DOW-UAP-D62, Mission Report, Strait of Hormuz, September 2020
Agency: Department of War
Incident date: 9/16/20
Incident location: Strait of Hormuz
Page 6
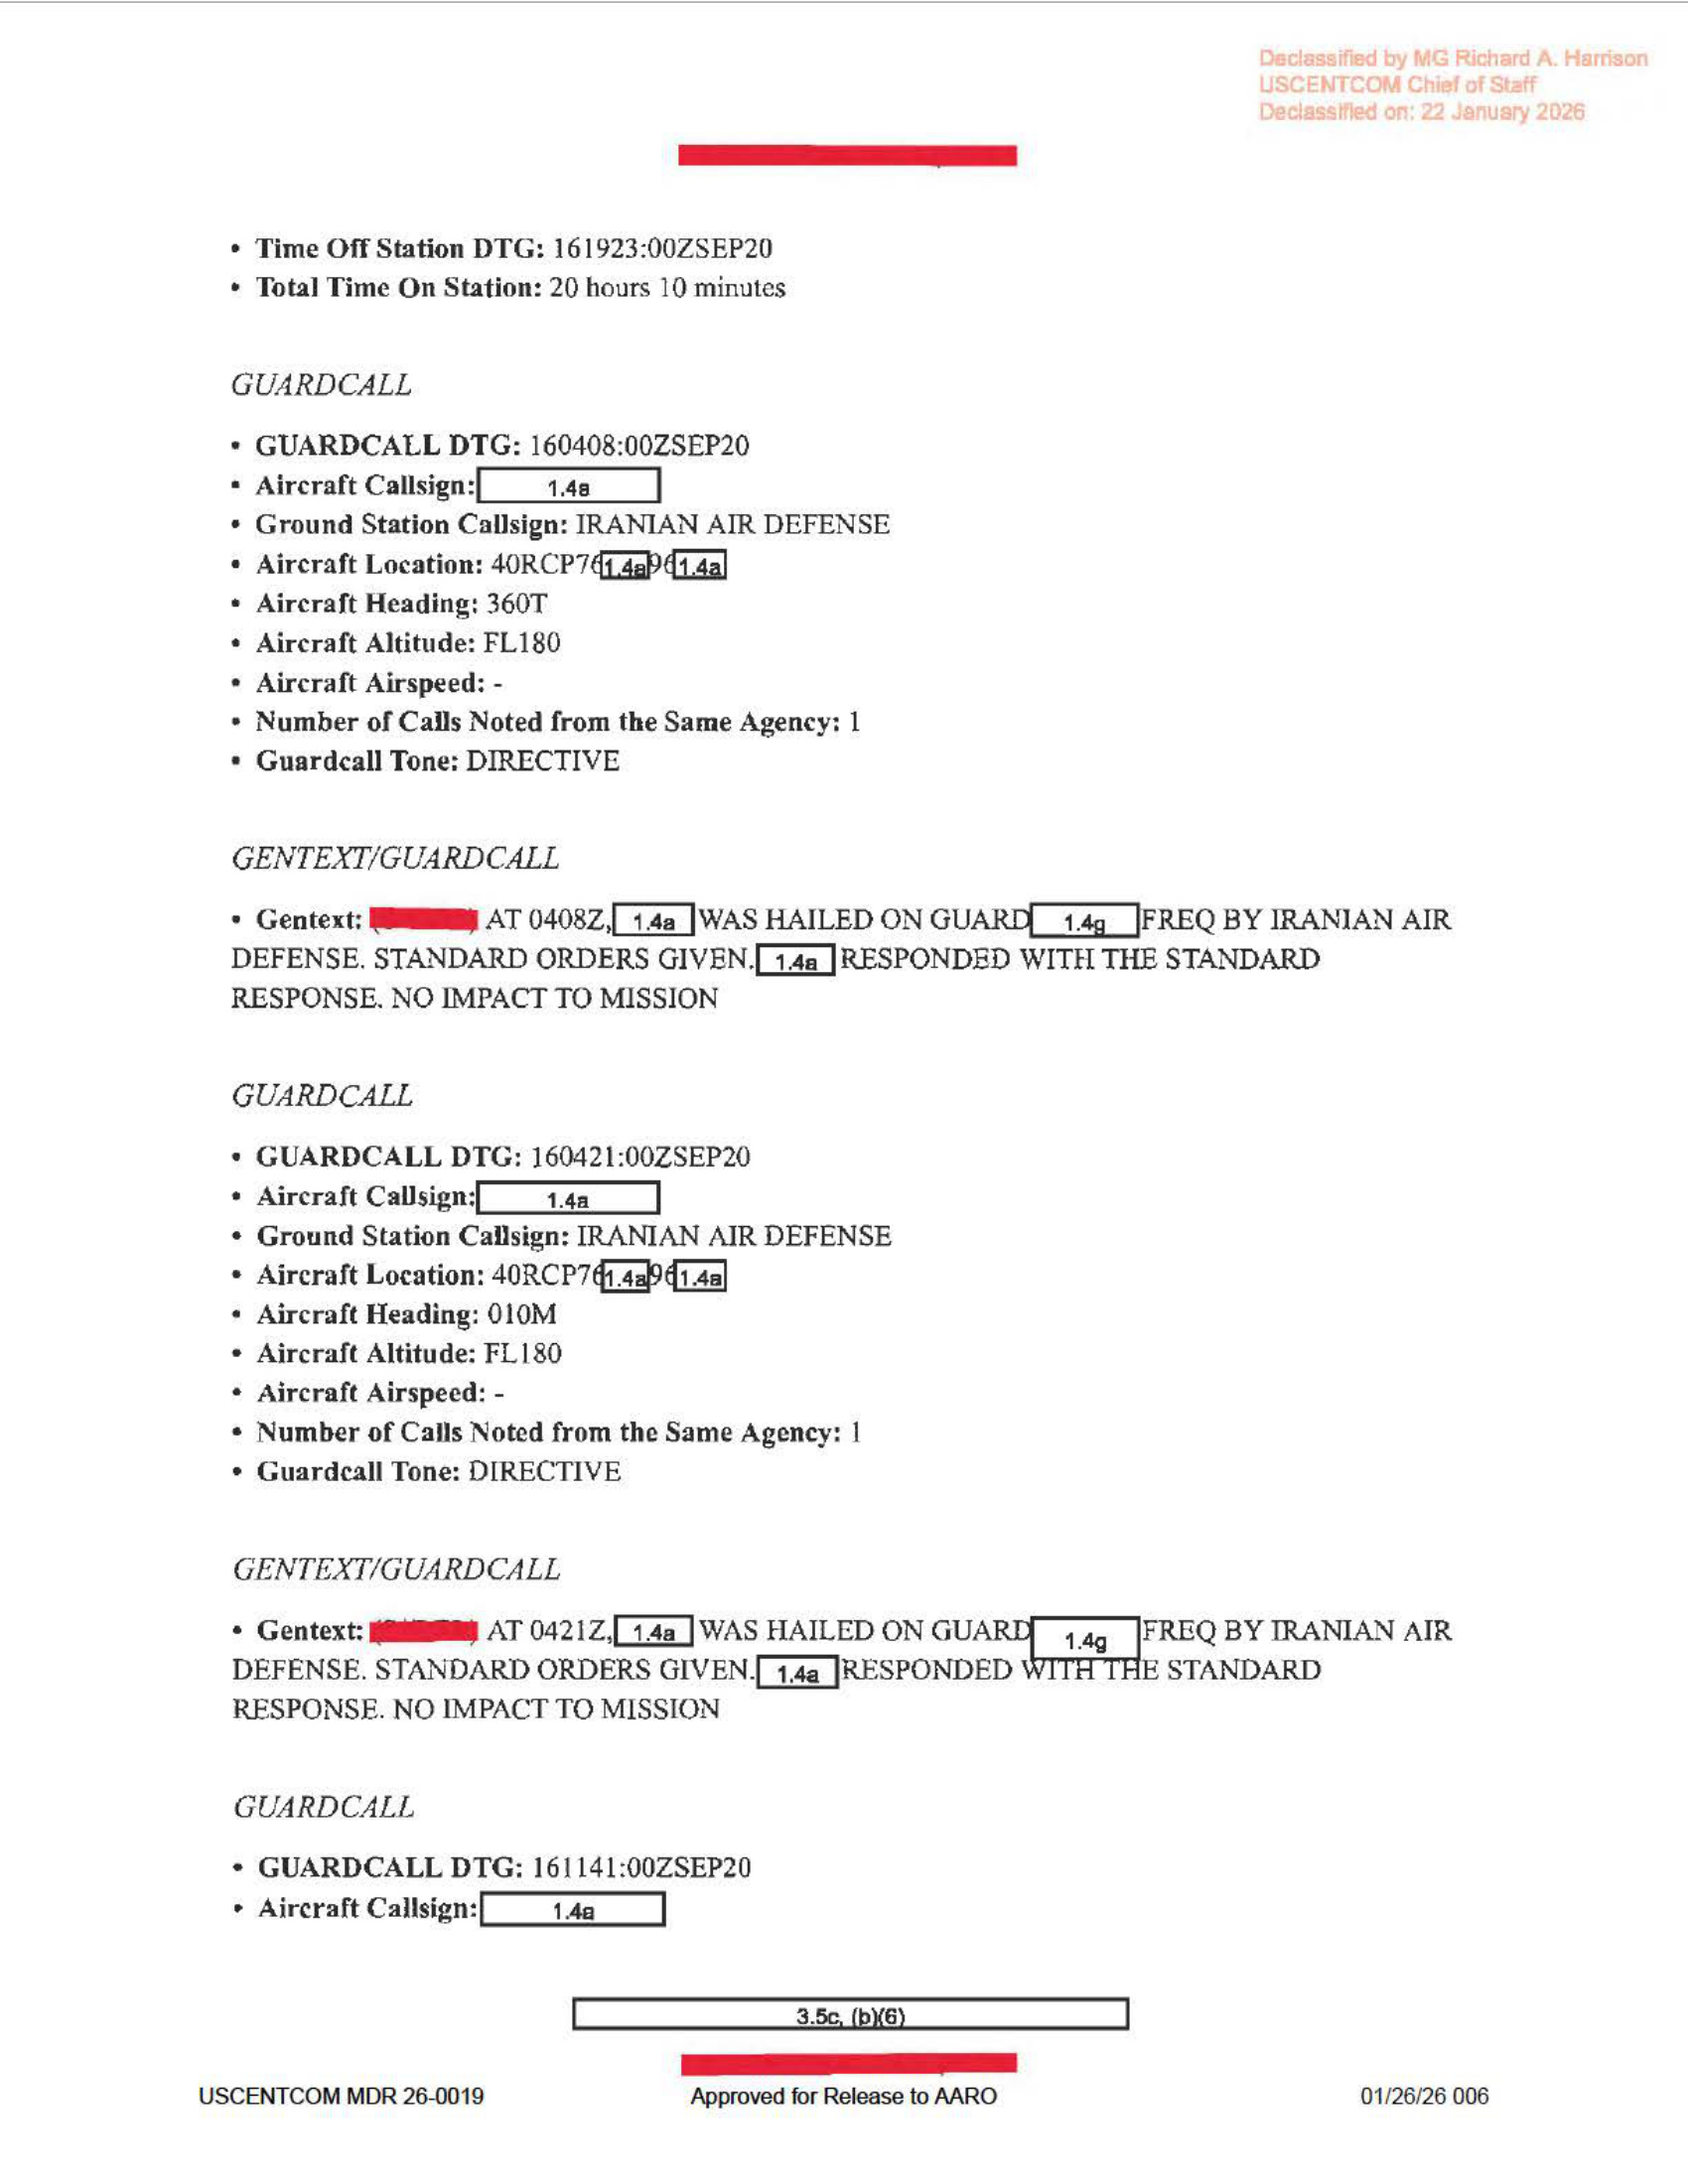